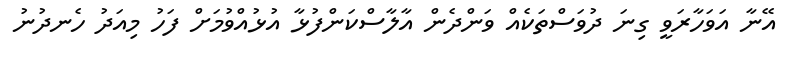
އޭނާ އަވަހާރަވީ ގިނަ ދުވަސްތަކެއް ވަންދެން އާލާސްކަންފުޅާ އުޅުއްވުމަށް ފަހު މިއަދު ހެނދުނު